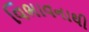
વિભાવનાથી